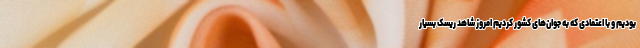
بودیم و با اعتمادی که به جوان‌های کشور کردیم امروز شاهد ریسک بسیار